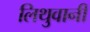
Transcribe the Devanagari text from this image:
लिथुवानी